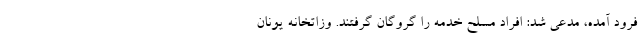
فرود آمده، مدعی شد: افراد مسلح خدمه را گروگان گرفتند. وزاتخانه یونان